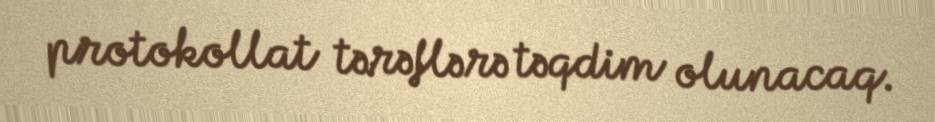
protokollat tərəflərə təqdim olunacaq.